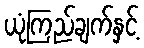
ယုံကြည်ချက်နှင့်